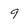
Character: 9